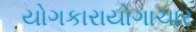
યોગકારાયોગાચાર